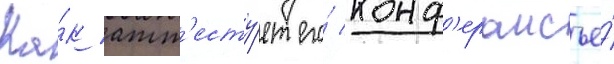
Ка́к атт'есту́ет его́ конф'ерансье́